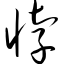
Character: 悖